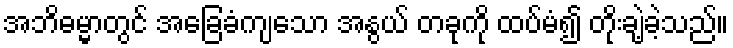
အဘိဓမ္မာတွင် အခြေခံကျသော အနွယ် တခုကို ထပ်မံ၍ တိုးချဲ့ခဲ့သည်။